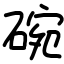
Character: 碗